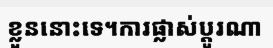
ខ្លួននោះទេ។ការផ្លាស់ប្តូរណា